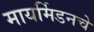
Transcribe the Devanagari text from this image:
मायर्मिडनचे